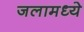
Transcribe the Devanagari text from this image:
जलामध्ये